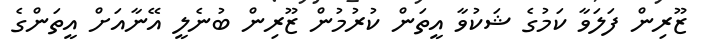
ޒޫރިން ފަލަވާ ކަމުގެ ޝަކުވާ އީތަން ކުރުމުން ޒޫރިން ބުނެލީ އޭނާއަށް އީތަންގެ